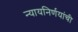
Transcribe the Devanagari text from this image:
न्यायनिर्णयांची